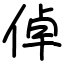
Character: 倬